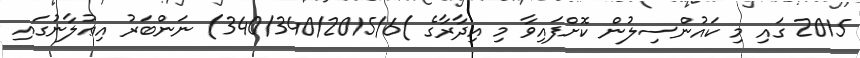
2015 ގައި މި ކައުންސިލުން ކޮށްފައިވާ މި އިދާރާގެ )340/340/2015/6) ނަންބަރު އިޢުލާނުގައި